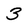
Character: 3